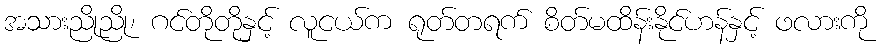
အသားညိုညို၊ ဂင်တိုတိုနှင့် လူငယ်က ရုတ်တရက် စိတ်မထိန်းနိုင်ဟန်နှင့် ဖလားကို